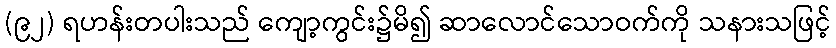
(၉၂) ရဟန်းတပါးသည် ကျော့ကွင်း၌မိ၍ ဆာလောင်သောဝက်ကို သနားသဖြင့်